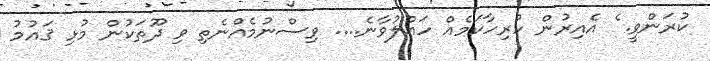
ކުރަންވީ. ެެެެެެެެެ އެއިރުން ހުރިހާކަމެއް ހައްލުވާނެ.... ވިސްނުމެއްނެތި ވި ދޫތަކުން މުޅި ޤައުމު